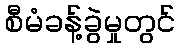
စီမံခန့်ခွဲမှုတွင်